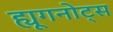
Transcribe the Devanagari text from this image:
ह्यूगनोट्स